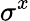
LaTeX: \sigma^{x}